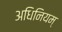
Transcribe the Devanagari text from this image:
अधिनियम्